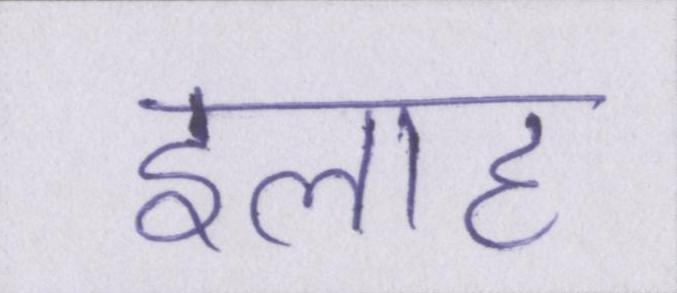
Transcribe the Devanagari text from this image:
इलाह